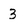
Character: 3